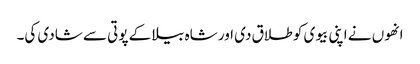
انھوں نے اپنی بیوی کو طلاق دی اور شاہ بیلا کے پوتی سے شادی کی۔